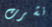
نشرت